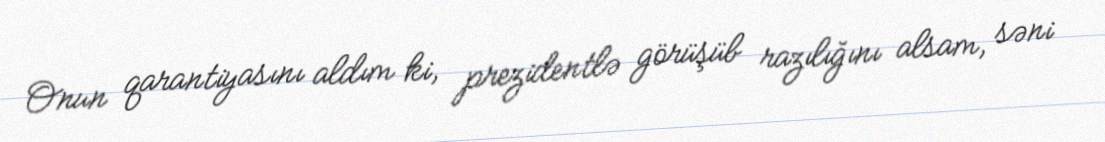
Onun qarantiyasını aldım ki, prezidentlə görüşüb razılığını alsam, səni